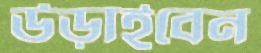
উড়াইবেন